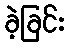
ခဲ့ခြင်း